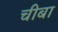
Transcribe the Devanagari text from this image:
चीबा